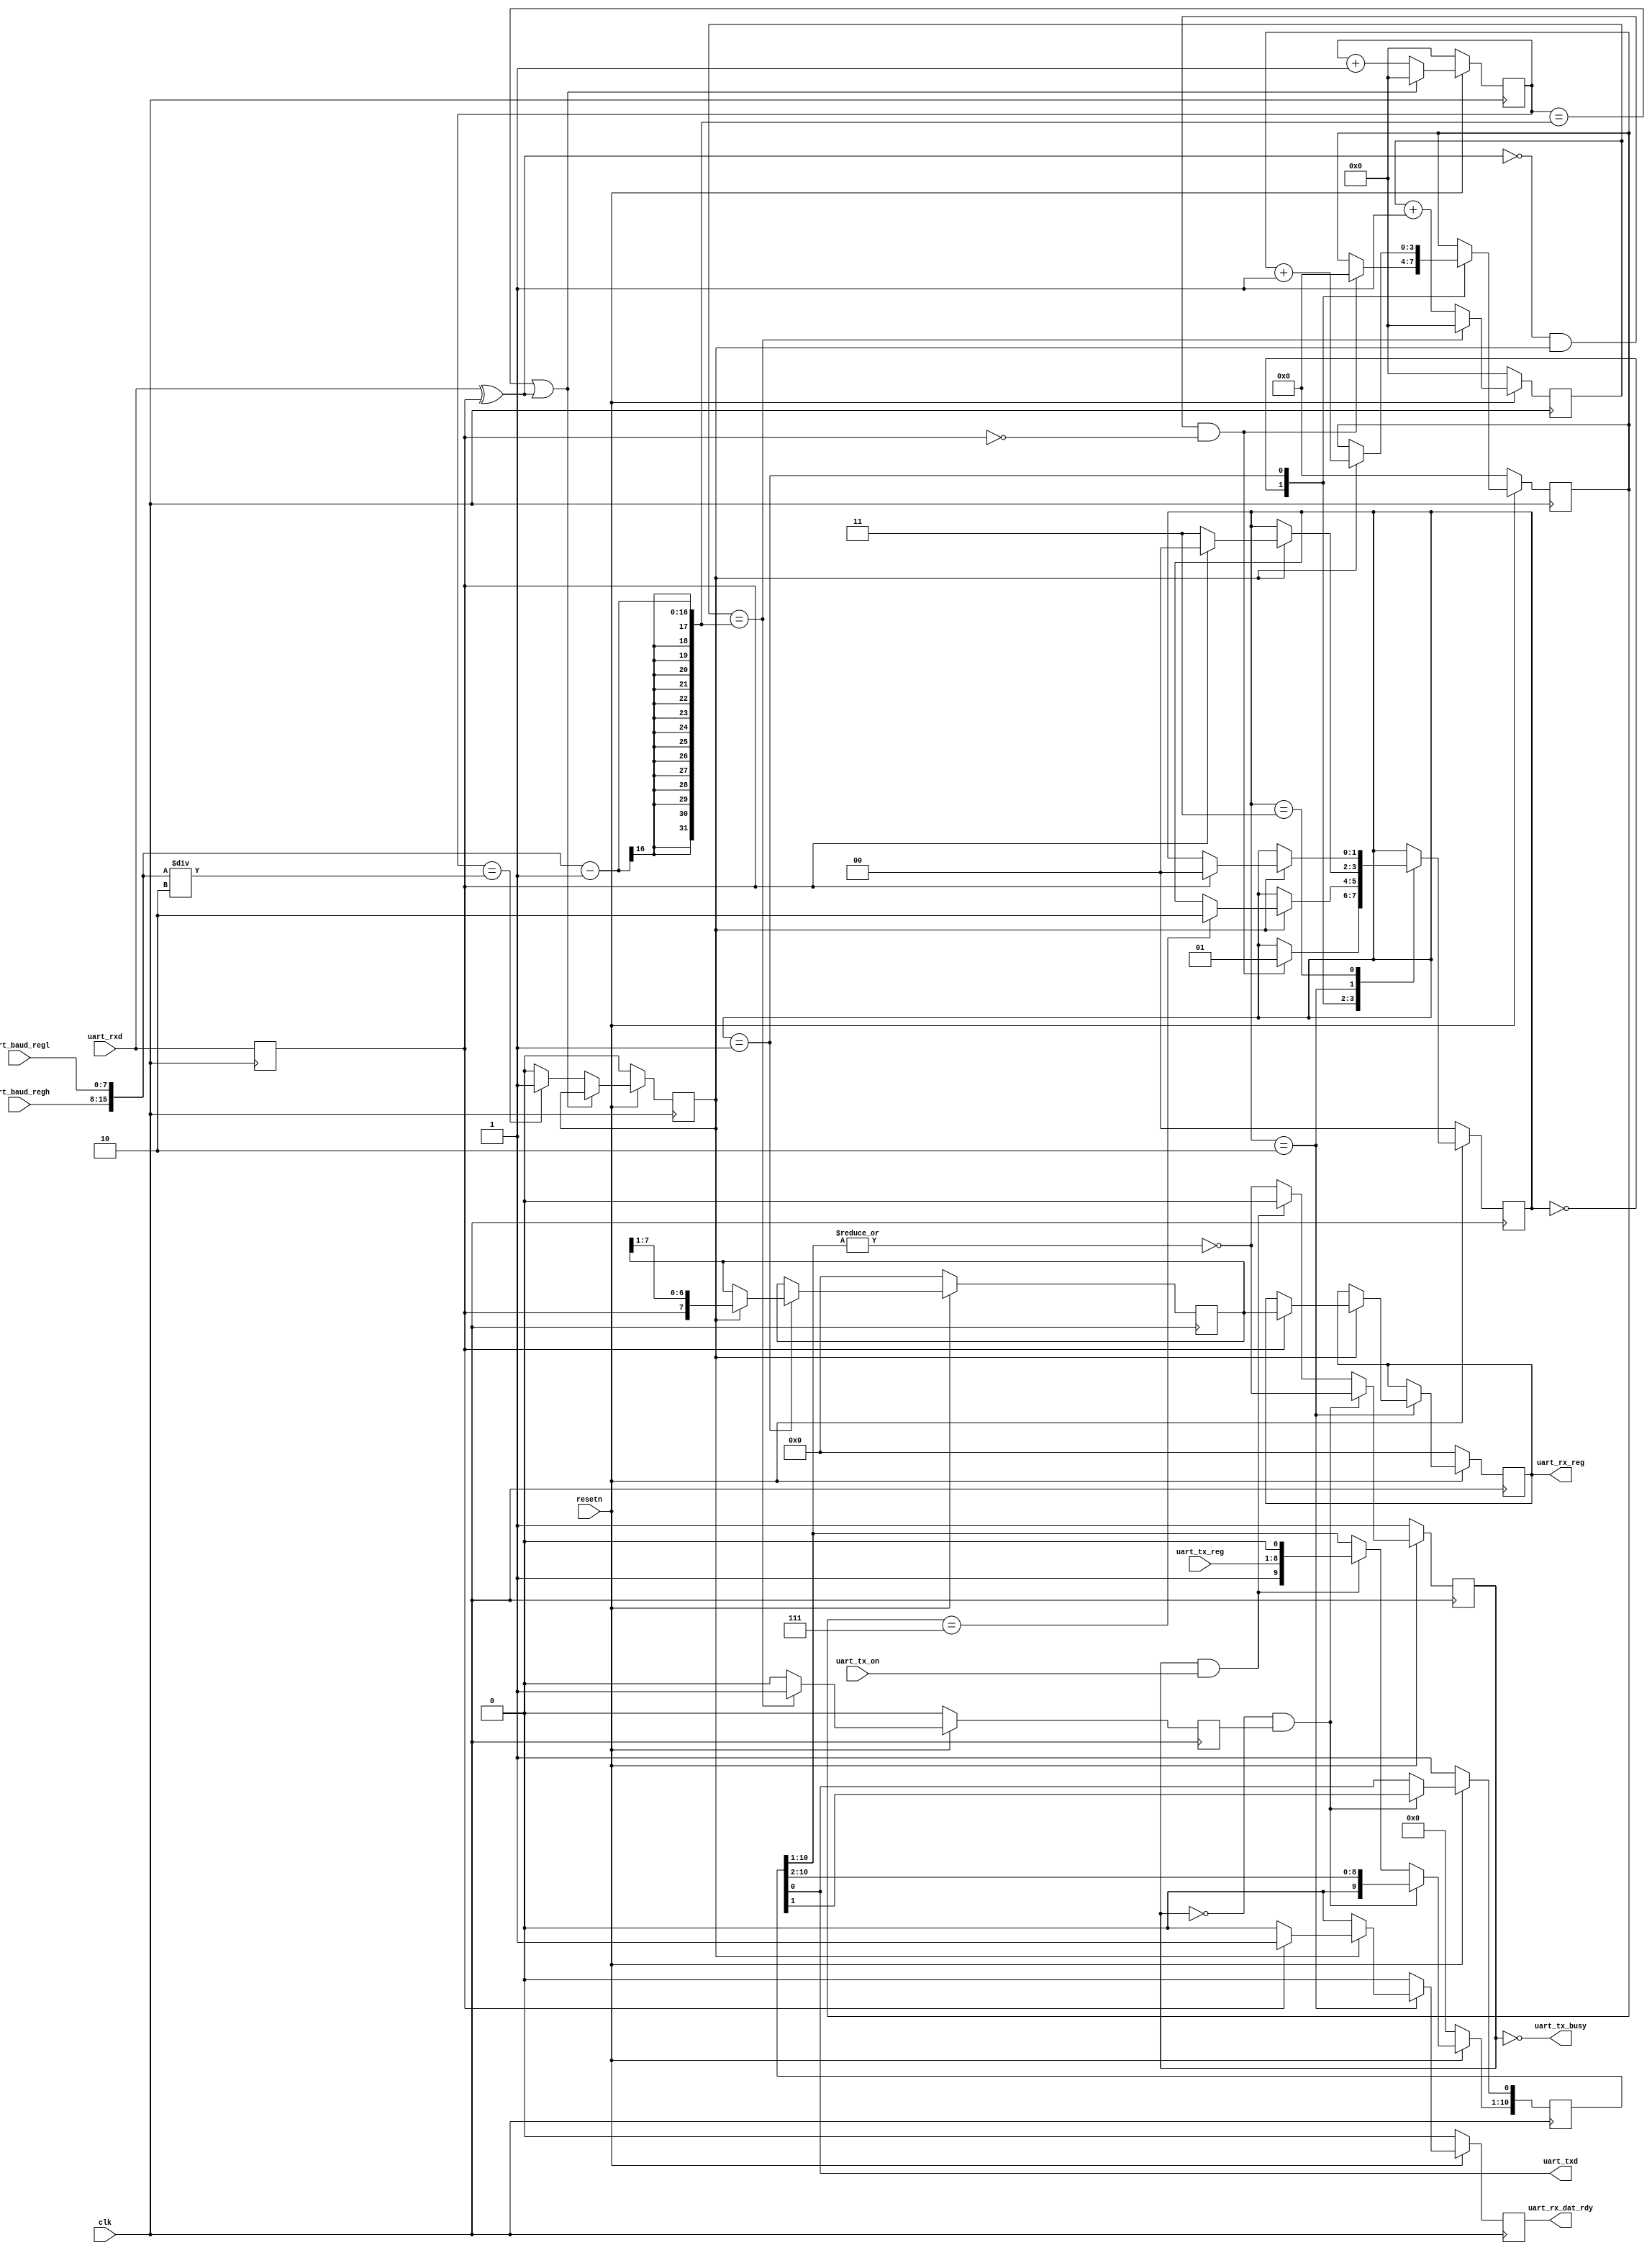
//											.

// ----------------------------------------------------------------------------
// This reference design and source code is being provided on an "as-is" basis 
// and as an accommodation, and therefore all warranties, representations or 
// guarantees of any kind (whether express, implied or statutory) including, 
// without limitation, warranties of merchantability, non-infringement, or  
// fitness for a particular purpose, are specifically disclaimed.
//
//
// ----------------------------------------------------------------------------


module uart(clk, resetn, uart_baud_regl, uart_baud_regh, uart_tx_reg, 
            uart_rx_reg, uart_txd, uart_rxd, uart_tx_on, uart_rx_dat_rdy, uart_tx_busy);


input clk;
input resetn;
input uart_rxd;
input [7:0] uart_tx_reg;
input uart_tx_on;
input [7:0] uart_baud_regl;
input [7:0] uart_baud_regh;

output uart_txd;
output uart_tx_busy;
output uart_rx_dat_rdy;
output [7:0] uart_rx_reg;

wire [15:0]uart_baud_reg = {uart_baud_regh,uart_baud_regl};

reg [15:0] uart_tx_baud_buf;
reg [10:0] uart_tx_buf;
reg uart_tx_tick;
reg transmit;
assign uart_tx_busy = ~transmit;

reg [15:0] uart_rx_baud_buf;
reg uart_rx_tick;
reg [3:0] uart_bit_count;
reg [7:0] uart_rx_reg;
reg [7:0] uart_rx_buf;
reg uart_rx_dat_rdy;
reg uart_rxd_r;


assign uart_txd = uart_tx_buf[0];

always @(posedge clk) begin
   if(~resetn) begin
      uart_tx_baud_buf <= 0;
      uart_tx_tick <= 1'b0;
   end
   else if (uart_tx_baud_buf == uart_baud_reg-1) begin
      uart_tx_baud_buf <= 0;
      uart_tx_tick <= 1'b1;
   end
   else begin
      uart_tx_tick <= 1'b0;
      uart_tx_baud_buf <= uart_tx_baud_buf + 1'b1;
   end
end

always @(posedge clk) begin
   if(~resetn) begin
      uart_tx_buf <= {11'b00000000001};
      transmit <= 1'b1;
   end
   else begin		
      if(!transmit & uart_tx_tick) begin
       	 uart_tx_buf <= {1'b0,uart_tx_buf[10:1]};
	       transmit <= ~|uart_tx_buf[10:1];
      end		
      else if(transmit & uart_tx_on) begin
         uart_tx_buf[10:1] <= {1'b1,uart_tx_reg,1'b0};
         transmit <= 1'b0;		
      end
      else begin
	      transmit <= ~|uart_tx_buf[10:1];
      end
   end		
end

always @(posedge clk)
   uart_rxd_r <= uart_rxd;
   
wire uart_edge = uart_rxd ^ uart_rxd_r;  

always @(posedge clk) begin
   if(~resetn) begin
      uart_rx_baud_buf <= 0;
      uart_rx_tick <= 1'b0;
   end
   else if (uart_rx_baud_buf == (uart_baud_reg - 1) || uart_edge) begin
      uart_rx_baud_buf <= 0;
   end
      else if (uart_rx_baud_buf == (uart_baud_reg/2)) begin
         uart_rx_tick <= 1'b1;
         uart_rx_baud_buf <= uart_rx_baud_buf + 1'b1;
      end
   else begin
      uart_rx_tick <= 1'b0;
      uart_rx_baud_buf <= uart_rx_baud_buf + 1'b1;
   end
end


reg [1:0] state;
parameter WAITING = 2'b00, READING = 2'b01, STOP = 2'b10, RECOVER = 2'b11;

always @(posedge clk) begin
   if(~resetn) begin
      state <= WAITING;
      uart_bit_count <= 0;
      uart_rx_buf <= 0;
      uart_rx_dat_rdy <= 1'b0;
      uart_rx_reg <= 0;
   end
   else begin
      uart_rx_dat_rdy <= 1'b0;
      case (state) 
         WAITING : begin
         	// wait for a start bit (0)
		   if(!uart_edge & uart_rx_tick && !uart_rxd_r) begin
		      state <= READING;
		      uart_bit_count <= 0;
		   end
         end
	 READING : begin
        	// gather data bits
                   if(uart_rx_tick) begin
                      uart_rx_buf <= {uart_rxd_r,uart_rx_buf[7:1]};
		      uart_bit_count <= uart_bit_count + 1'b1;
		      if (uart_bit_count == 4'h7) 
		         state <= STOP;
		   end
	 end
	 STOP    : begin
		 // verify stop bit (1)
		 if (uart_rx_tick) begin
		    if (uart_rxd_r) begin
		       uart_rx_reg <= uart_rx_buf;
		       uart_rx_dat_rdy <= 1'b1;
	               state <= WAITING;
	            end
	            else begin
	                // there was a framing error. Discard the byte and work on resync
	               state <= RECOVER;
	            end
                 end					
         end
         RECOVER  : begin
		    // wait for an idle (1) then resume
		  if (uart_rx_tick) begin
		     if (uart_rxd_r) state <= WAITING;
		  end				
	  end
      endcase
   end
end

endmodule